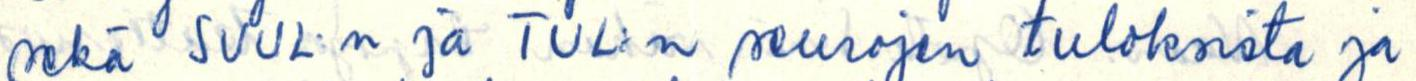
sekä SVUL:n ja TUL:n seurojen tuloksista ja